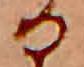
る